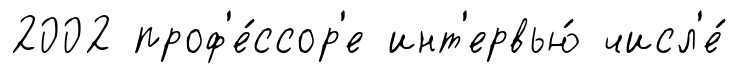
2002 проф'е́ссор'е инт'ервью́ числ'е́